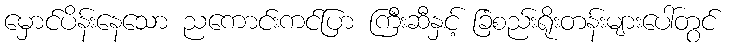
မှောင်ပိန်းနေသော ညကောင်းကင်ပြာ ကြီးဆီနှင့် ခြံစည်းရိုးတန်းများပေါ်တွင်